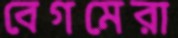
বেগমেরা